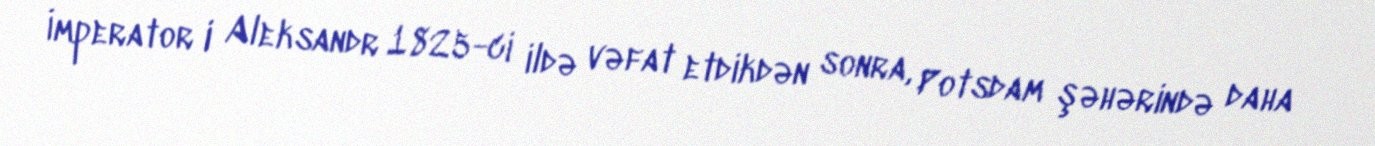
İmperator I Aleksandr 1825-ci ildə vəfat etdikdən sonra, Potsdam şəhərində daha